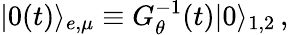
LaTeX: |0(t)\rangle_{e,\mu}\equiv G_{\theta}^{-1}(t)|0\rangle_{1,2}\, ,